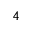
^ Ḋ 4 Ḍ